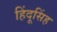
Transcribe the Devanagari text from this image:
हिंदूसिंह